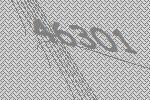
46301